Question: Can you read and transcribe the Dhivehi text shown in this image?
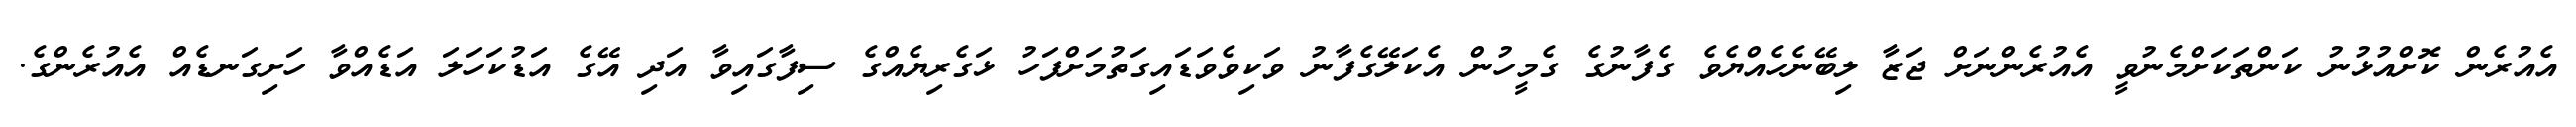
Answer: އެއުރެން ކޮށްއުޅުނު ކަންތަކަށްމެނުވީ އެއުރެންނަށް ޖަޒާ ލިބޭނެހެއްޔެވެ ގެފާނުގެ ގެމީހުން އެކަލޭގެފާނު ވަކިވެވަޑައިގަތުމަށްފަހު ޅަގެރިޔެއްގެ ސިފާގައިވާ އަދި އޭގެ އަޑުކަހަލަ އަޑެއްވާ ހަށިގަނޑެއް އެއުރެންގެ.